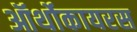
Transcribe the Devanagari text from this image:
ऑर्थोकायरस